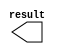
module lpm_constant_y4 (
	result);

	output	[9:0]  result;

endmodule